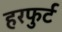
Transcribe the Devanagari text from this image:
हरफुर्ट